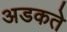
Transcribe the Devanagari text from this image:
अडकते